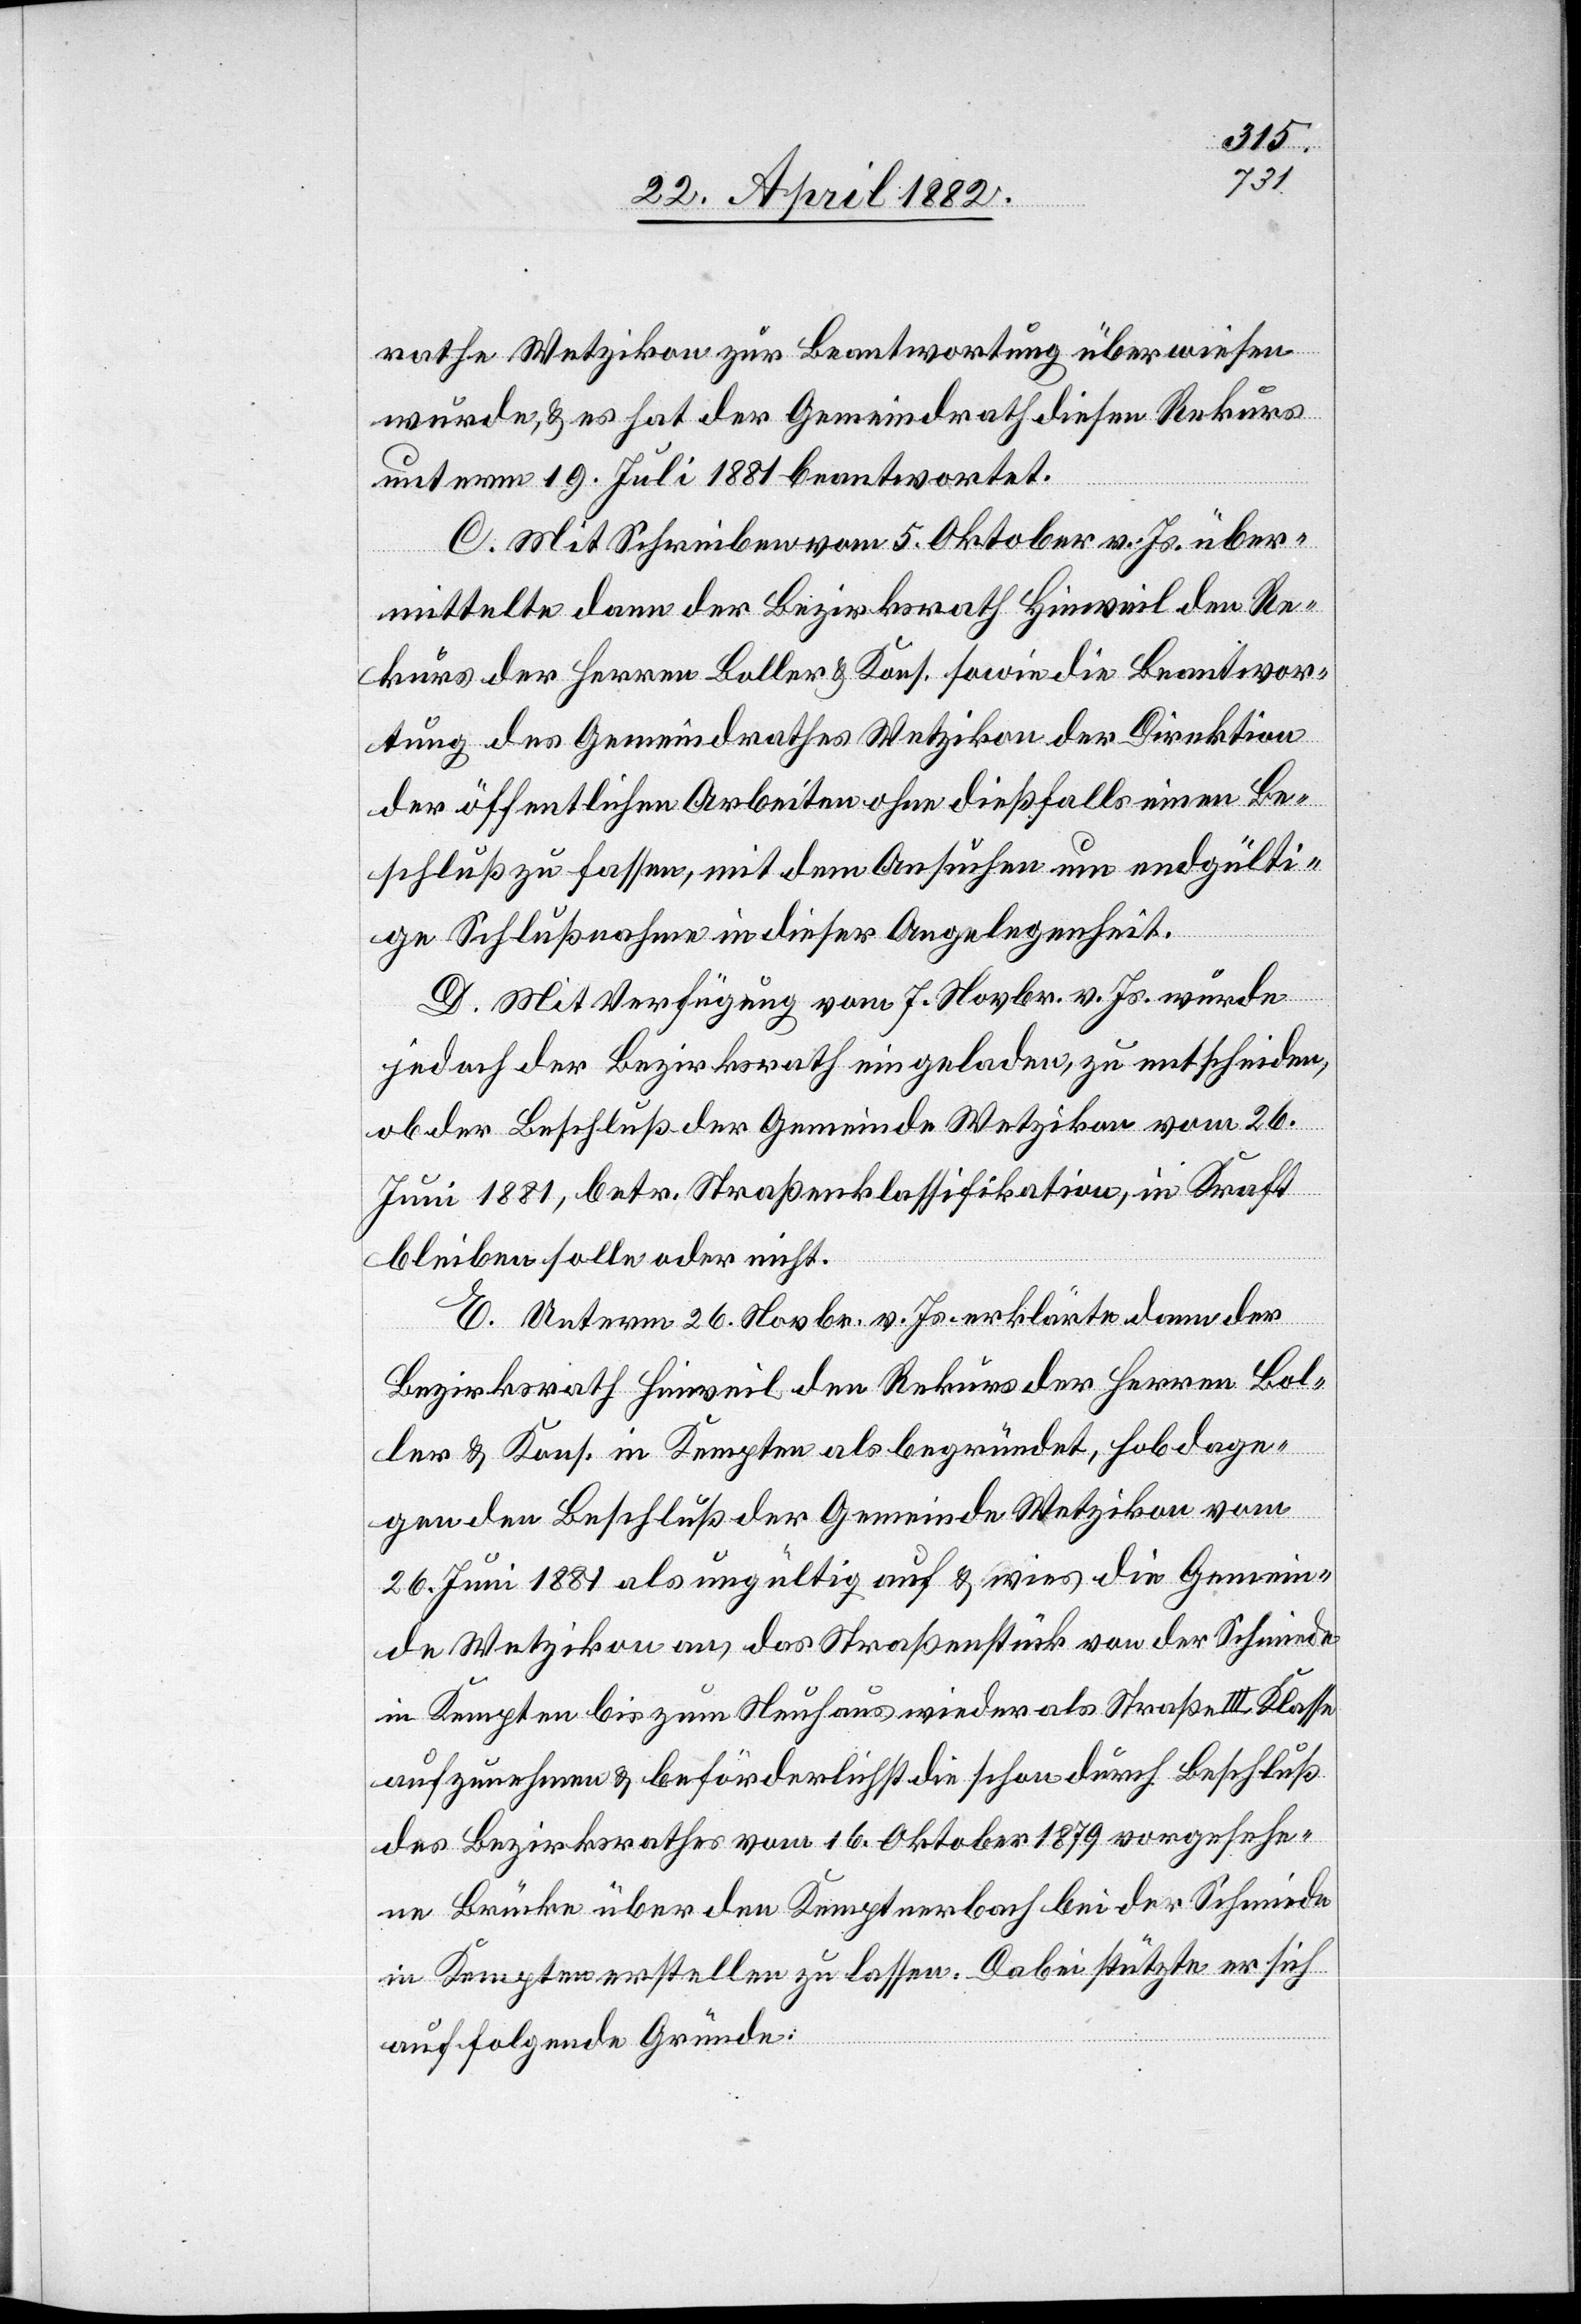
rathe Wetzikon zur Beantwortung überwiesen
wurde, & es hat der Gemeindrath diesen Rekurs
unterm 19. Juli 1881 beantwortet.
C. Mit Schreiben vom 5. Oktober v. Js. über¬
mittelte dann der Bezirksrath Hinweil den Re¬
kurs der Herren Boller & Kons. sowie die Beantwor¬
tung des Gemeindrathes Wetzikon der Direktion
der öffentlichen Arbeiten ohne dießfalls einen Be¬
schluß zu fassen, mit dem Ansuchen um endgülti¬
ge Schlußnahme in dieser Angelegenheit.
D. Mit Verfügung vom 7. Novbr. v. Js. wurde
jedoch der Bezirksrath eingeladen, zu entscheiden,
ob der Beschluß der Gemeinde Wetzikon vom 26.
Juni 1881, betr. Straßenklassifikation, in Kraft
bleiben solle oder nicht.
E. Unterm 26. Novbr. v. Js. erklärte dann der
Bezirksrath Hinweil den Rekurs der Herren Bol¬
ler & Kons. in Kempten als begründet, hob dage¬
gen den Beschluß der Gemeinde Wetzikon vom
26. Juni 1881 als ungültig auf & wies die Gemein¬
de Wetzikon an, das Straßenstück von der Schmiede
in Kempten bis zum Neuhaus wieder als Straße III. Klasse
aufzunehmen & beförderlichst die schon durch Beschluß
des Bezirksrathes vom 16. Oktober 1879 vorgesehe¬
ne Brücke über den Kemptnerbach bei der Schmiede
in Kempten erstellen zu lassen. Dabei stützte er sich
auf folgende Gründe: